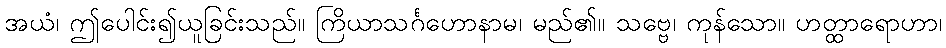
အယံ၊ ဤပေါင်း၍ယူခြင်းသည်။ ကြိယာသင်္ဂဟောနာမ၊ မည်၏။ သဗ္ဗေ၊ ကုန်သော။ ဟတ္ထာရောဟာ၊